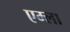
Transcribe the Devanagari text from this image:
एम्ला